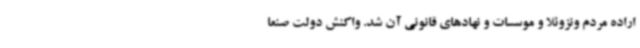
اراده مردم ونزوئلا و موسسات و نهادهای قانونی آن شد. واکنش دولت صنعا